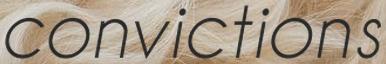
convictions